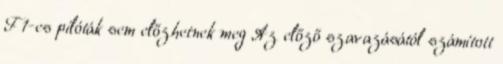
F1-es pilóták sem előzhetnek meg Az előző szavazásától számított